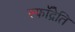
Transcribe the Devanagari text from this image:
स्फॉँद्रेति